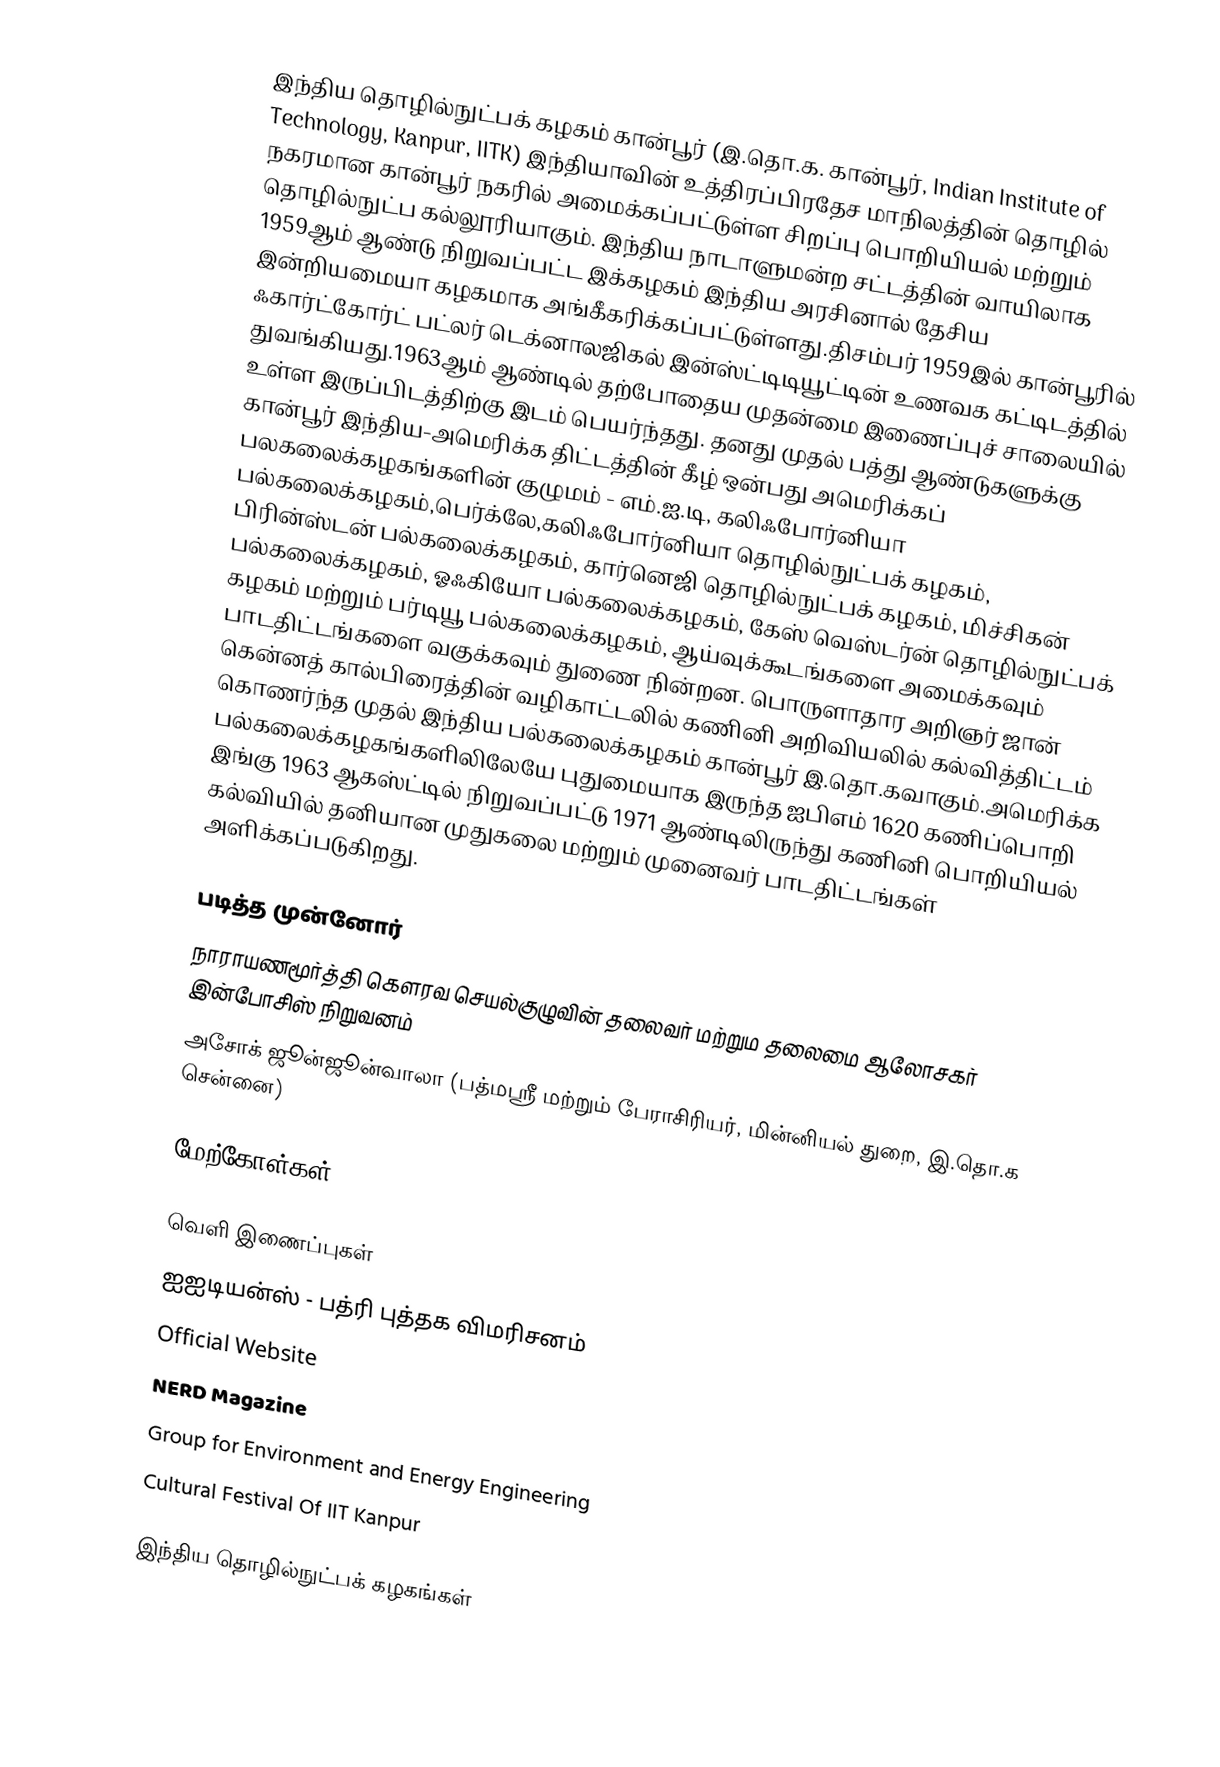
இந்திய தொழில்நுட்பக் கழகம் கான்பூர் (இ.தொ.க. கான்பூர், Indian Institute of Technology, Kanpur, IITK) இந்தியாவின் உத்திரப்பிரதேச மாநிலத்தின் தொழில் நகரமான கான்பூர் நகரில் அமைக்கப்பட்டுள்ள சிறப்பு பொறியியல் மற்றும் தொழில்நுட்ப கல்லூரியாகும். இந்திய நாடாளுமன்ற சட்டத்தின் வாயிலாக 1959ஆம் ஆண்டு நிறுவப்பட்ட இக்கழகம் இந்திய அரசினால் தேசிய இன்றியமையா கழகமாக அங்கீகரிக்கப்பட்டுள்ளது.திசம்பர் 1959இல் கான்பூரில் ஃகார்ட்கோர்ட் பட்லர் டெக்னாலஜிகல் இன்ஸ்ட்டிடியூட்டின் உணவக கட்டிடத்தில் துவங்கியது.1963ஆம் ஆண்டில் தற்போதைய முதன்மை இணைப்புச் சாலையில் உள்ள இருப்பிடத்திற்கு இடம் பெயர்ந்தது. தனது முதல் பத்து ஆண்டுகளுக்கு கான்பூர் இந்திய-அமெரிக்க திட்டத்தின் கீழ் ஒன்பது அமெரிக்கப் பலகலைக்கழகங்களின் குழுமம் - எம்.ஐ.டி, கலிஃபோர்னியா பல்கலைக்கழகம்,பெர்க்லே,கலிஃபோர்னியா தொழில்நுட்பக் கழகம், பிரின்ஸ்டன் பல்கலைக்கழகம், கார்னெஜி தொழில்நுட்பக் கழகம், மிச்சிகன் பல்கலைக்கழகம், ஓஃகியோ பல்கலைக்கழகம், கேஸ் வெஸ்டர்ன் தொழில்நுட்பக் கழகம் மற்றும் பர்டியூ பல்கலைக்கழகம், ஆய்வுக்கூடங்களை அமைக்கவும் பாடதிட்டங்களை வகுக்கவும் துணை நின்றன. பொருளாதார அறிஞர் ஜான் கென்னத் கால்பிரைத்தின் வழிகாட்டலில் கணினி அறிவியலில் கல்வித்திட்டம் கொணர்ந்த முதல் இந்திய பல்கலைக்கழகம் கான்பூர் இ.தொ.கவாகும்.அமெரிக்க பல்கலைக்கழகங்களிலிலேயே புதுமையாக இருந்த ஐபிஎம் 1620 கணிப்பொறி இங்கு 1963 ஆகஸ்ட்டில் நிறுவப்பட்டு 1971 ஆண்டிலிருந்து கணினி பொறியியல் கல்வியில் தனியான முதுகலை மற்றும் முனைவர் பாடதிட்டங்கள் அளிக்கப்படுகிறது.

படித்த முன்னோர்
 நாராயணமூர்த்தி கௌரவ செயல்குழுவின் தலைவர் மற்றும தலைமை ஆலோசகர் இன்போசிஸ் நிறுவனம்
 அசோக் ஜூன்ஜூன்வாலா (பத்மஸ்ரீ மற்றும் பேராசிரியர், மின்னியல் துறை, இ.தொ.க சென்னை)

மேற்கோள்கள்

வெளி இணைப்புகள்
ஐஐடியன்ஸ் - பத்ரி புத்தக விமரிசனம்
Official Website
 NERD Magazine
 Group for Environment and Energy Engineering
 Cultural Festival Of IIT Kanpur

இந்திய தொழில்நுட்பக் கழகங்கள்